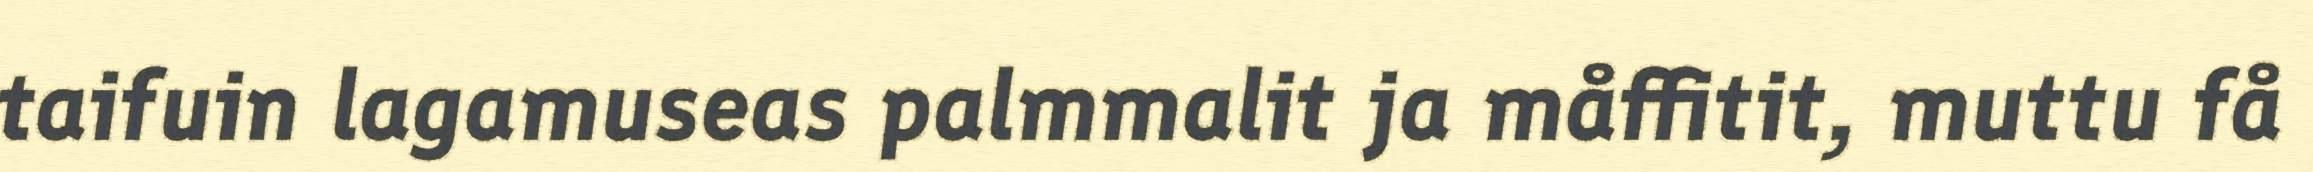
taifuin lagamuseas palmmalit ja måffitit, muttu få